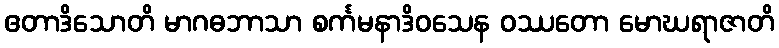
ဧတာဒိသောတိ မာဂဓဘာသာ စင်္ကမနာဒိဝသေန ဝဿတော မောဃရာဇာတိ